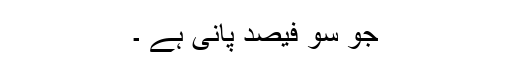
جو سو فیصد پانی ہے ۔